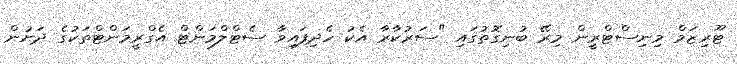
ޓޫރިޒަމް މިނިސްޓްރީން މިރޭ ބުނިގޮތުގައި "ސަރުކާރާ އެކު ހެދިފައިވާ ސެޓްލްމަންޓް އެގްރީމަންޓްތަކުގެ ދަށުން